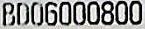
BD06000800